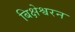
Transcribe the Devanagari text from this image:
बिक्षेश्वरन